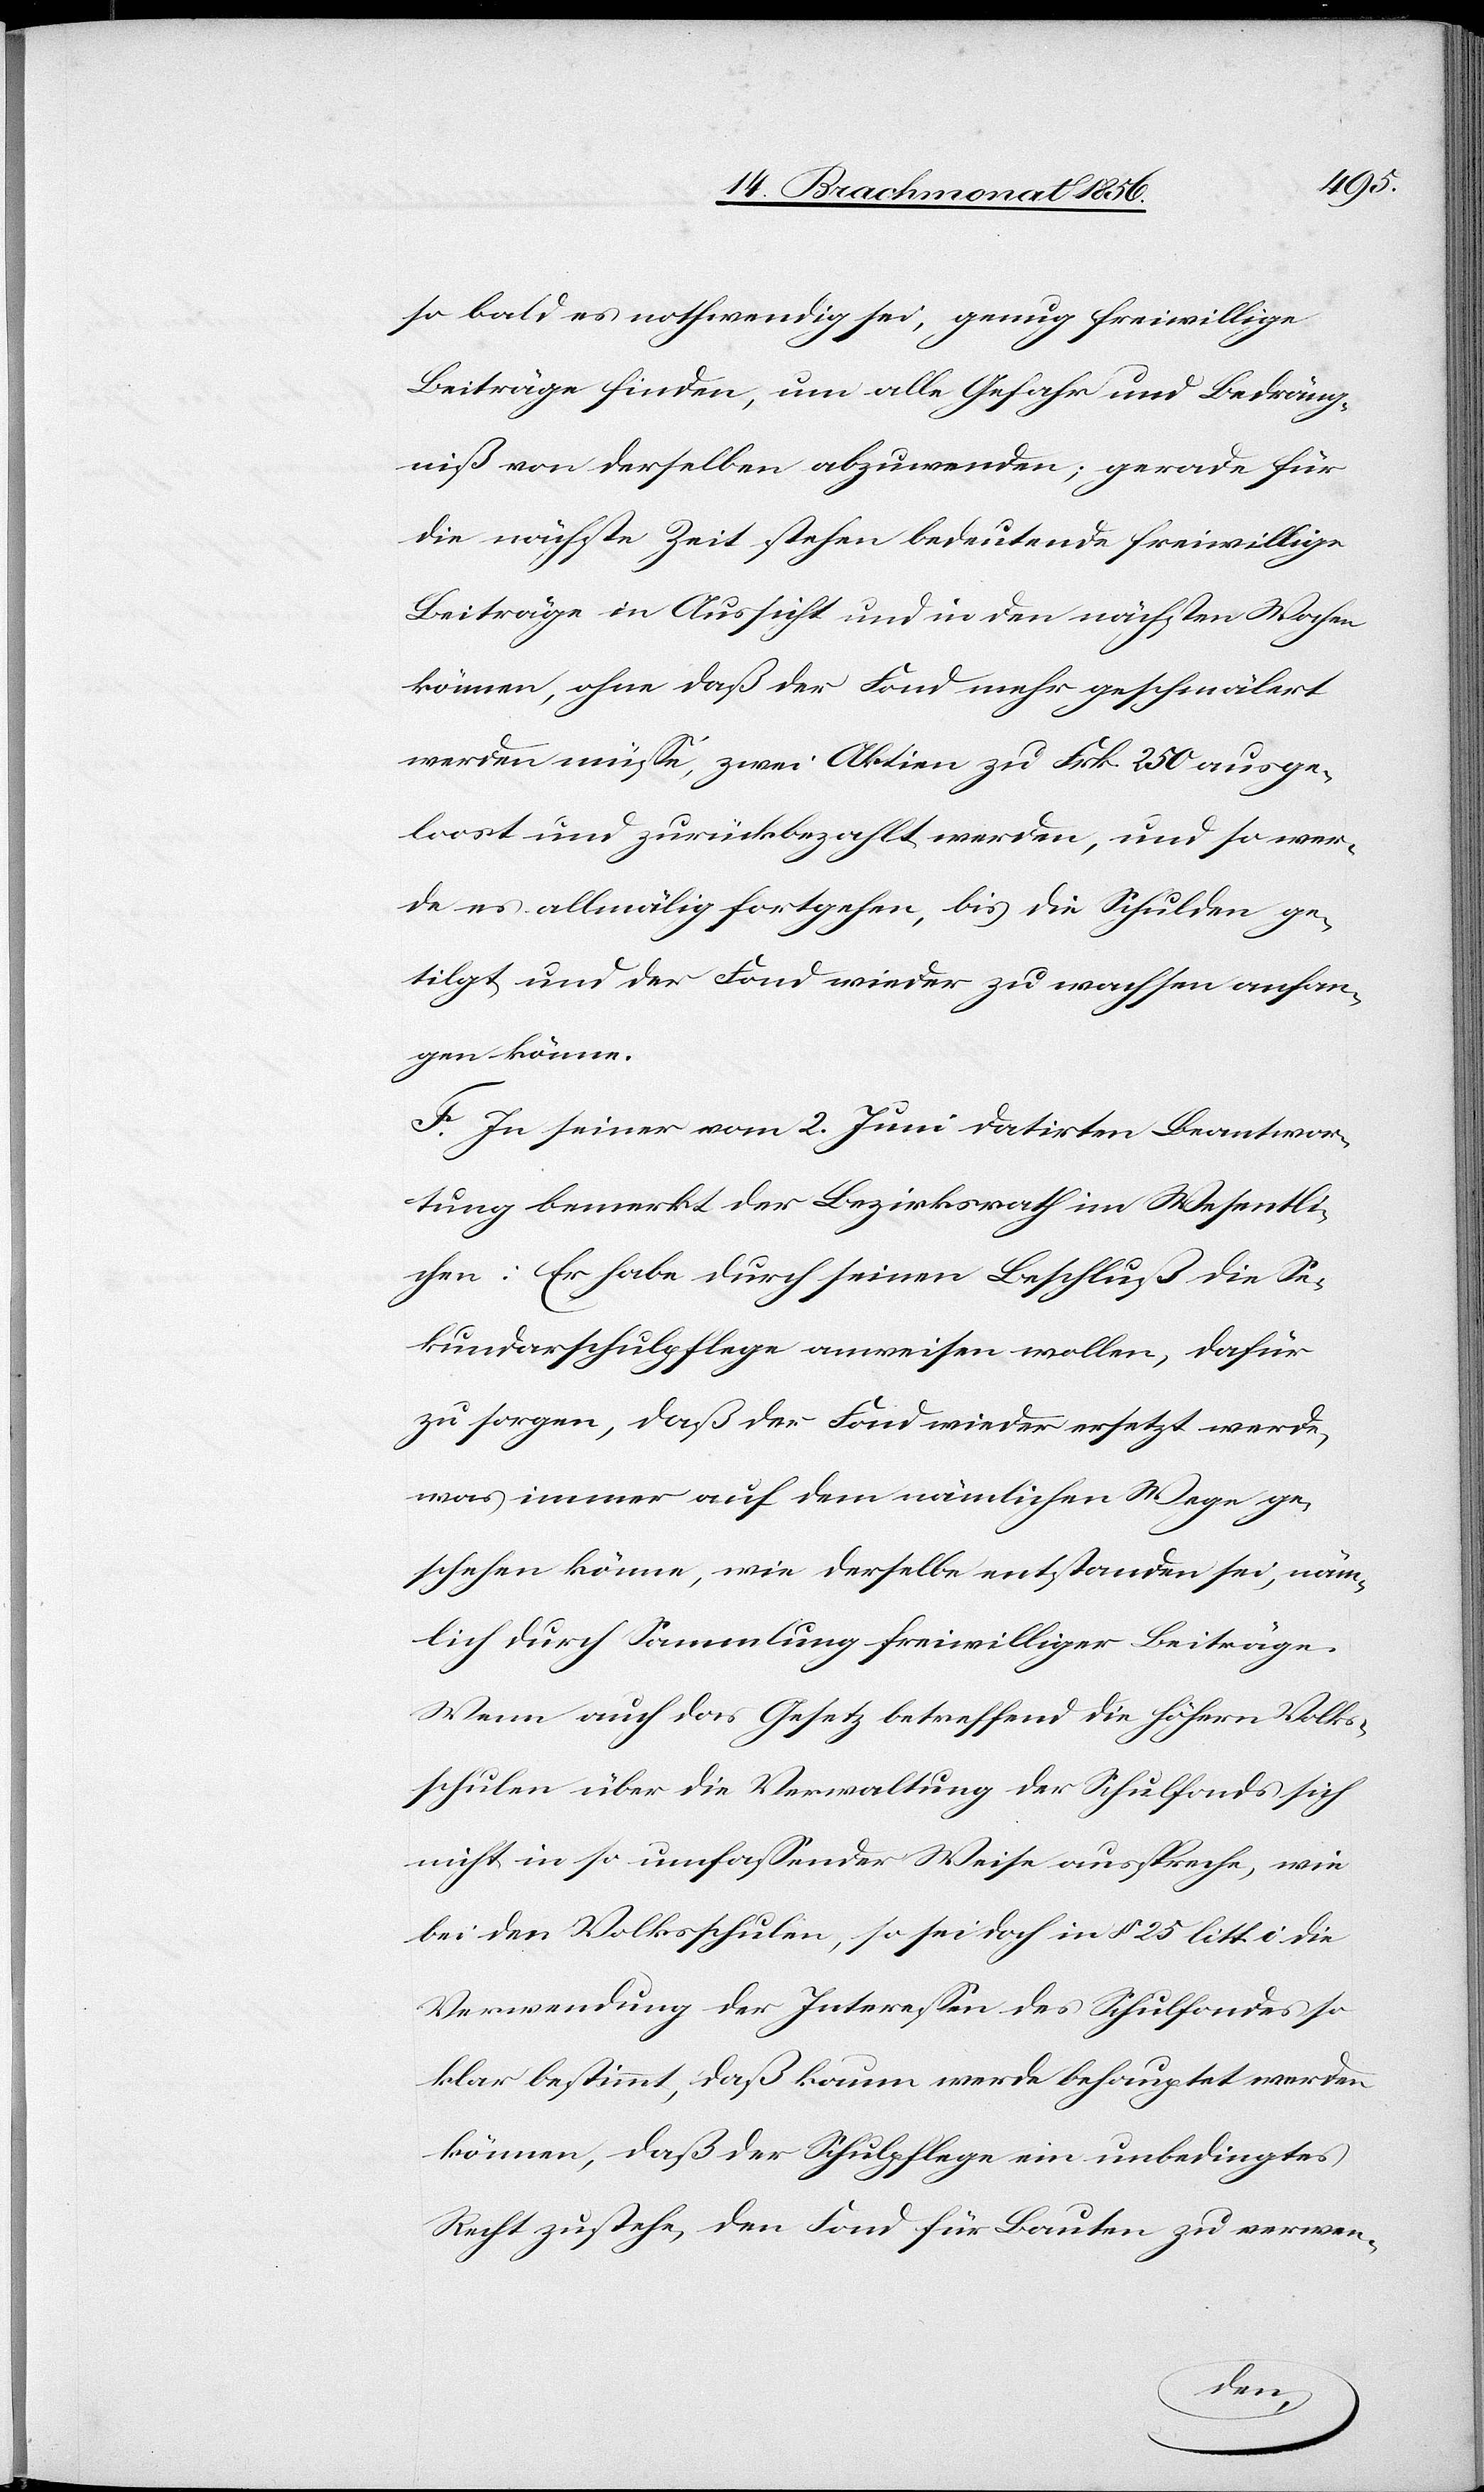
so bald es nothwendig sei, genug freiwillige
Beiträge finden, um alle Gefahr und Bedräng¬
niß von derselben abzuwenden; gerade für
die nächste Zeit stehen bedeutende freiwillige
Beiträge in Aussicht und in den nächsten Wochen
können, ohne daß der Fond mehr geschmälert
werden müsse, zwei Aktien zu Frk. 250 ausge¬
loost und zurückbezahlt werden, und so wer¬
de es allmälig fortgehen, bis die Schulden ge¬
tilgt und der Fond wieder zu wachsen anfan¬
gen könne.
F. In seiner vom 2. Juni datirten Beantwor¬
tung bemerkt der Bezirksrath im Wesentli¬
chen: Er habe durch seinen Beschluß die Se¬
kundarschulpflege anweisen wollen, dafür
zu sorgen, daß der Fond wieder ersetzt werde,
was immer auf dem nämlichen Wege ge¬
schehen könne, wie derselbe entstanden sei, näm¬
lich durch Sammlung freiwilliger Beiträge.
Wenn auch das Gesetz betreffend die höhern Volks¬
schulen über die Verwaltung der Schulfonds sich
nicht in so umfassender Weise ausspreche, wie
bei den Volksschulen, so sei doch in § 25 litt. i die
Verwendung der Interessen des Schulfondes so
klar bestimmt, daß kaum werde behauptet werden
können, daß der Schulpflege ein unbedingtes
Recht zustehe, den Fond für Bauten zu verwen-